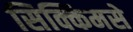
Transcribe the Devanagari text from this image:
सिक्किमसे